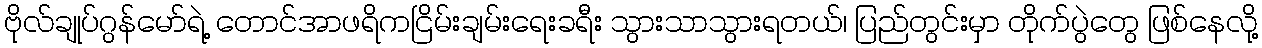
ဗိုလ်ချုပ်ဂွန်မော်ရဲ့ တောင်အာဖရိကငြိမ်းချမ်းရေးခရီး သွားသာသွားရတယ်၊ ပြည်တွင်းမှာ တိုက်ပွဲတွေ ဖြစ်နေလို့